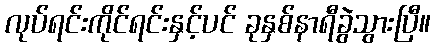
လုပ်ရင်းကိုင်ရင်းနှင့်ပင် ခုနှစ်နာရီခွဲသွားပြီ။